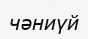
чәниүй